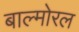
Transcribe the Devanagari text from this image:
बाल्मोरल